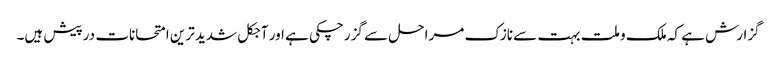
گزارش ہے کہ ملک و ملت بہت سے نازک مراحل سے گزرچکی ہے اور آجکل شدید ترین امتحانات درپیش ہیں۔